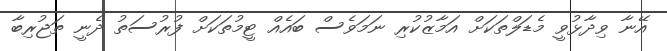
އޭނާ ވިދާޅުވީ މެޑަލްތަކަށް އަމާޒުކުރި ނަމަވެސް ބައެއް ޓީމުތަކަށް ފުރުސަތު ދެނީ ތަޖުރިބާ